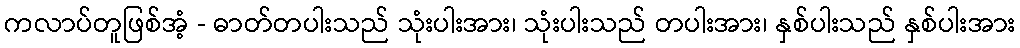
ကလာပ်တူဖြစ်အံ့ - ဓာတ်တပါးသည် သုံးပါးအား၊ သုံးပါးသည် တပါးအား၊ နှစ်ပါးသည် နှစ်ပါးအား